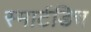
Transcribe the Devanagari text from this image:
स्मार्टडिच